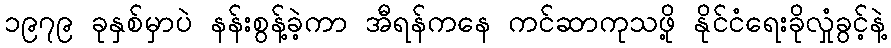
၁၉၇၉ ခုနှစ်မှာပဲ နန်းစွန့်ခဲ့ကာ အီရန်ကနေ ကင်ဆာကုသဖို့ နိုင်ငံရေးခိုလှုံခွင့်နဲ့